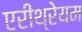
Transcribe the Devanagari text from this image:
एरीथ्रेयम